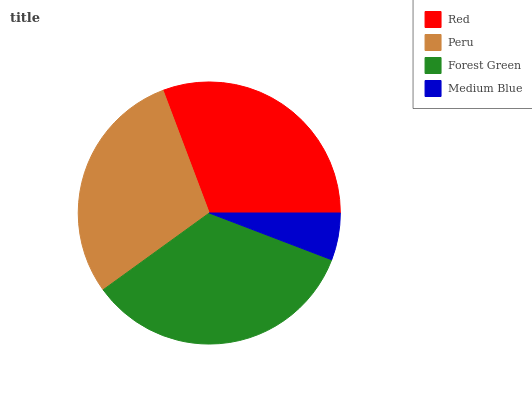
| Red | Peru | Forest Green | Medium Blue |
 | --- | --- | --- | --- |
 | 30.7% | 29.3% | 34.2% | 5.81% |